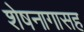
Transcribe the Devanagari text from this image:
शेषनागासह